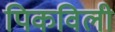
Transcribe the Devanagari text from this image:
पिकविली